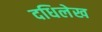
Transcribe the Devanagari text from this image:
दधिलेख